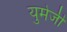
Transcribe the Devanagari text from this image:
युमेजी